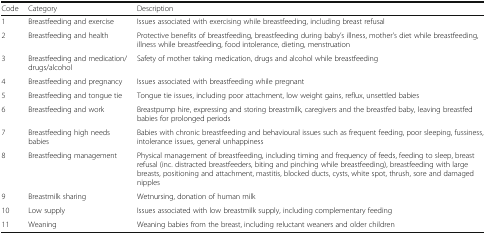
| Code | Category | Description |
 | --- | --- | --- |
 | 1 | Breastfeeding and exercise | Issues associated with exercising while breastfeeding, including breast refusal |
 | 2 | Breastfeeding and health | Protective benefits of breastfeeding, breastfeeding during baby’s illness, mother’s diet while breastfeeding, illness while breastfeeding, food intolerance, dieting, menstruation |
 | 3 | Breastfeeding and medication/drugs/alcohol | Safety of mother taking medication, drugs and alcohol while breastfeeding |
 | 4 | Breastfeeding and pregnancy | Issues associated with breastfeeding while pregnant |
 | 5 | Breastfeeding and tongue tie | Tongue tie issues, including poor attachment, low weight gains, reflux, unsettled babies |
 | 6 | Breastfeeding and work | Breastpump hire, expressing and storing breastmilk, caregivers and the breastfed baby, leaving breastfed babies for prolonged periods |
 | 7 | Breastfeeding high needs babies | Babies with chronic breastfeeding and behavioural issues such as frequent feeding, poor sleeping, fussiness, intolerance issues, general unhappiness |
 | 8 | Breastfeeding management | Physical management of breastfeeding, including timing and frequency of feeds, feeding to sleep, breast refusal (inc. distracted breastfeeders, biting and pinching while breastfeeding), breastfeeding with large breasts, positioning and attachment, mastitis, blocked ducts, cysts, white spot, thrush, sore and damaged nipples |
 | 9 | Breastmilk sharing | Wetnursing, donation of human milk |
 | 10 | Low supply | Issues associated with low breastmilk supply, including complementary feeding |
 | 11 | Weaning | Weaning babies from the breast, including reluctant weaners and older children |